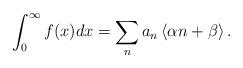
LaTeX: \begin{align*}\int_{0}^{\infty}f(x)dx=\sum_{n}a_{n}\left\langle \alpha n+\beta\right\rangle .\end{align*}